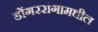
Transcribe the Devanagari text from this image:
डोंगररांगामधील